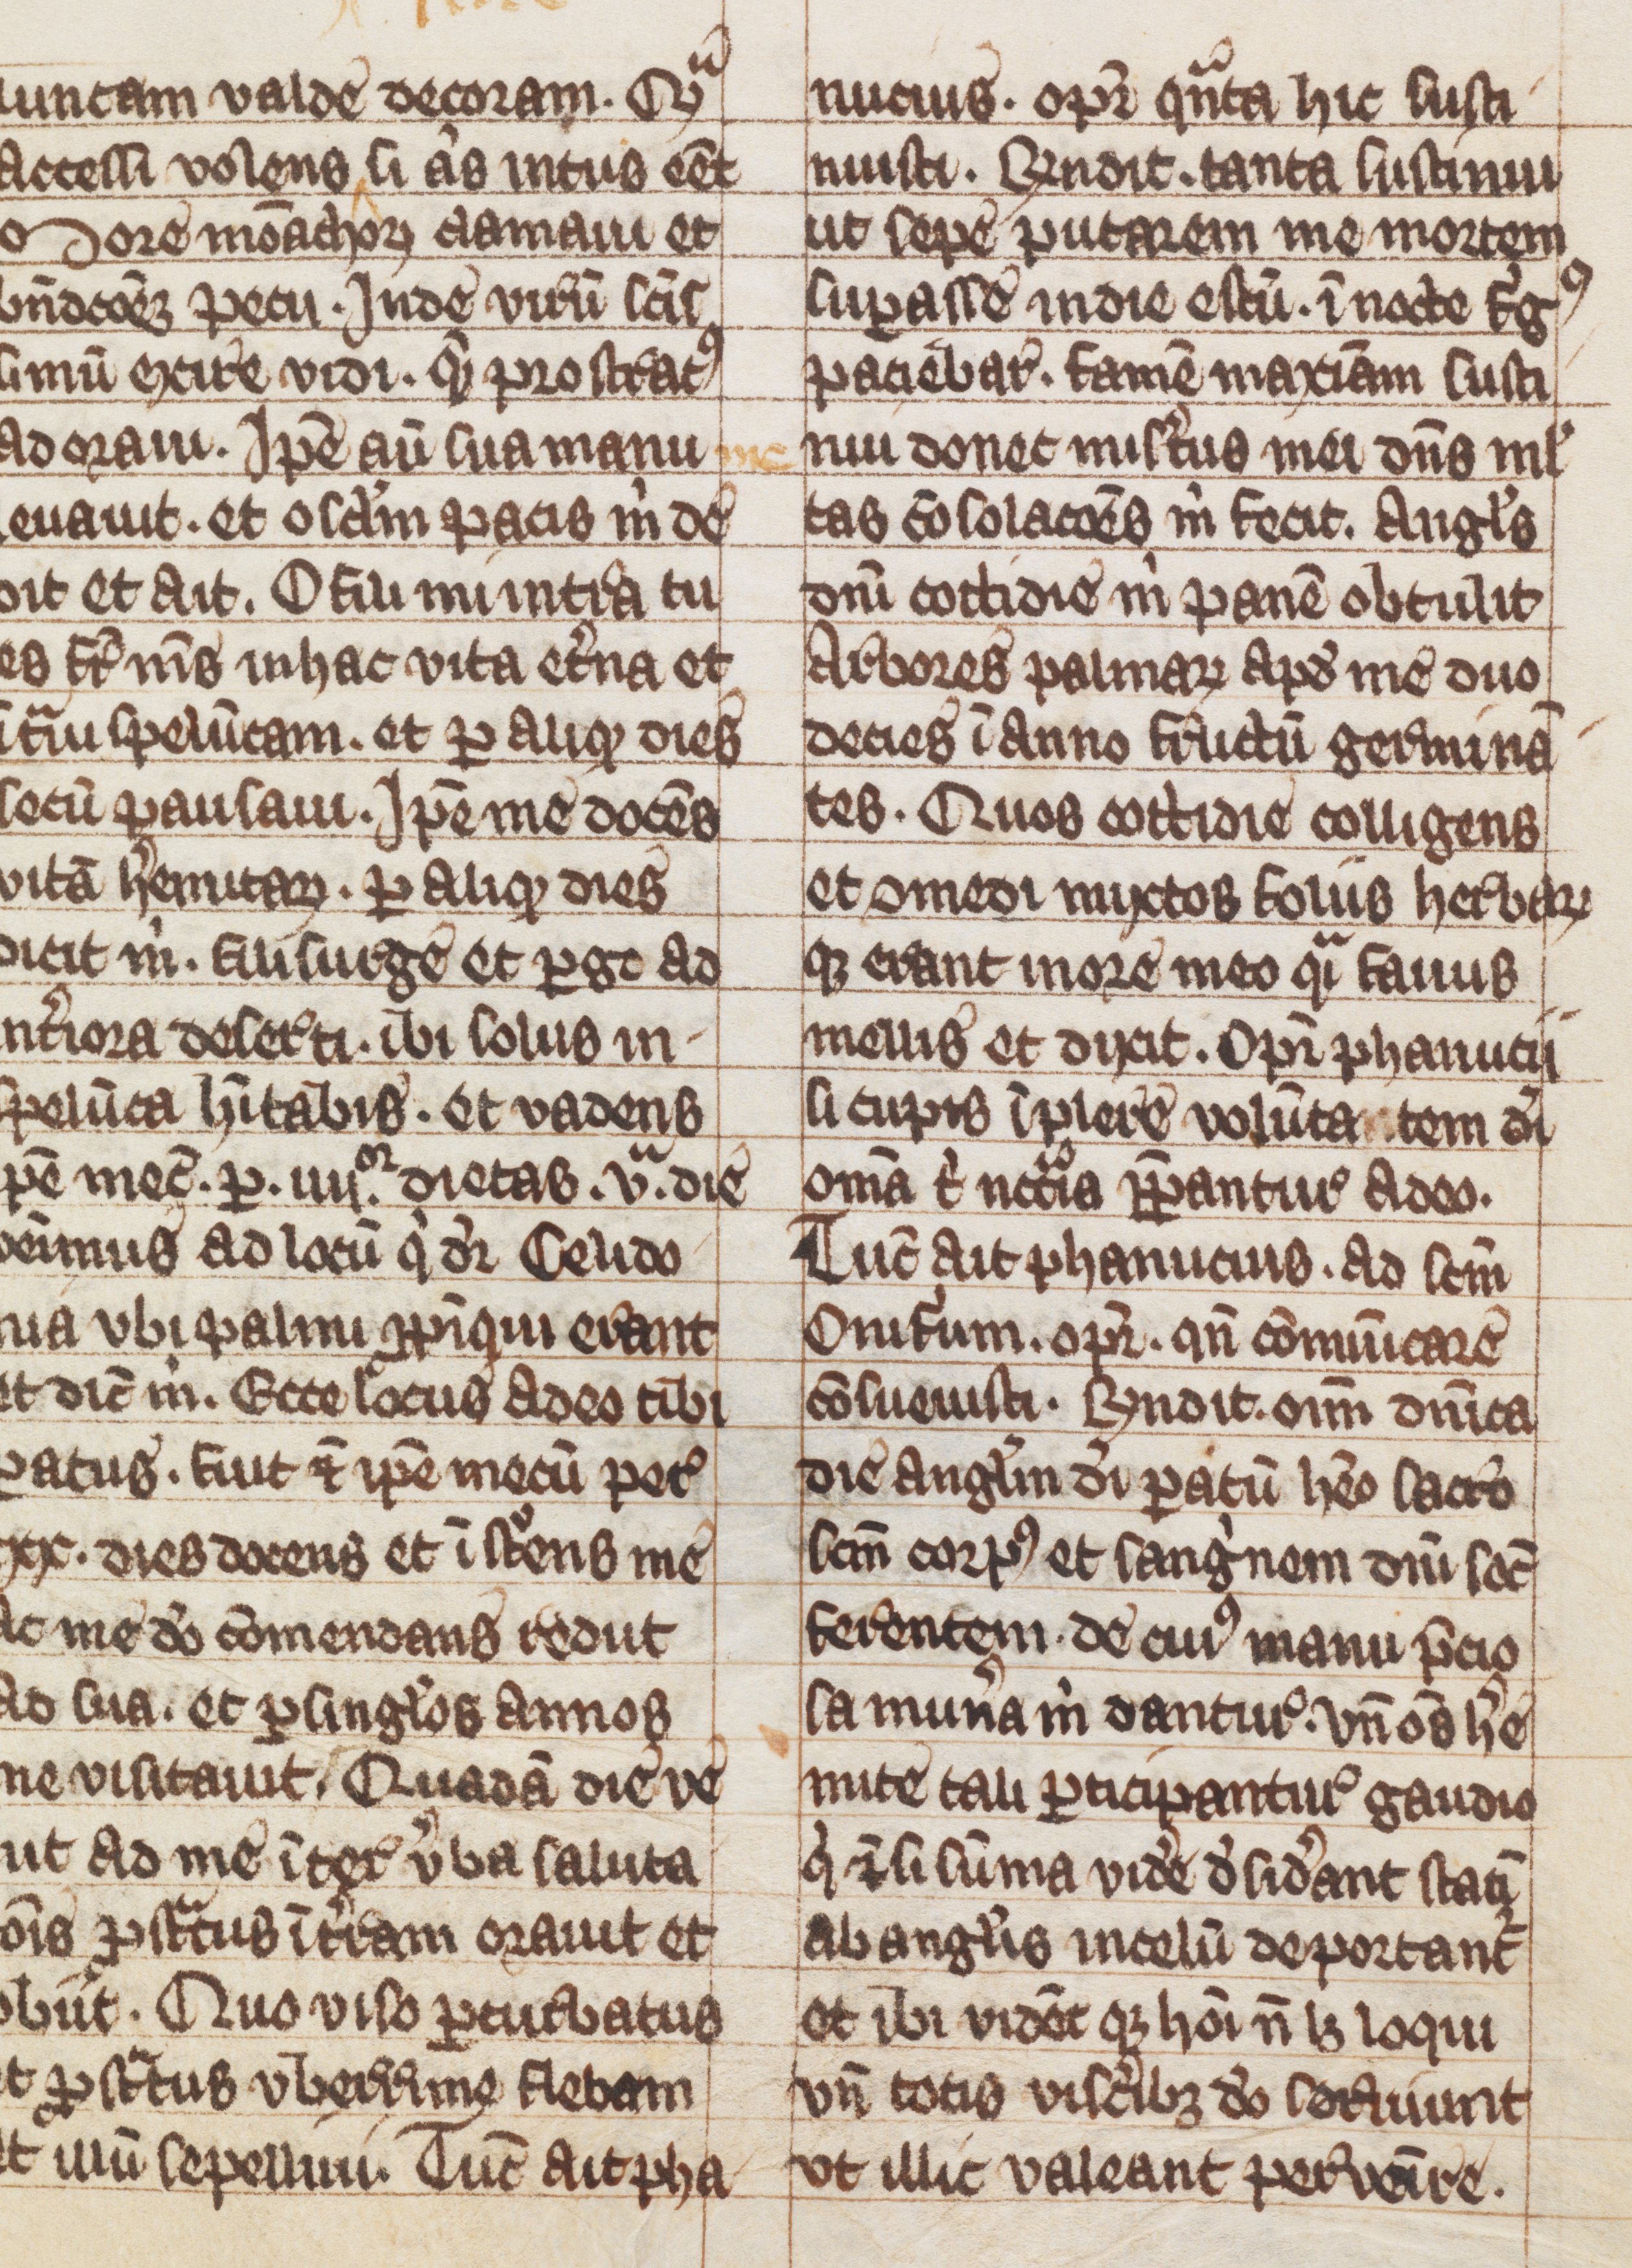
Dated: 1300–1399